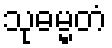
သုဓမ္မတံ